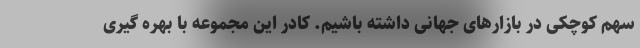
سهم کوچکی در بازارهای جهانی داشته باشیم. کادر این مجموعه با بهره گیری